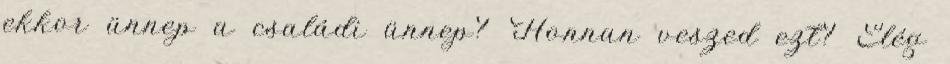
ekkor ünnep a családi ünnep? Honnan veszed ezt? Elég